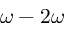
\omega - 2 \omega